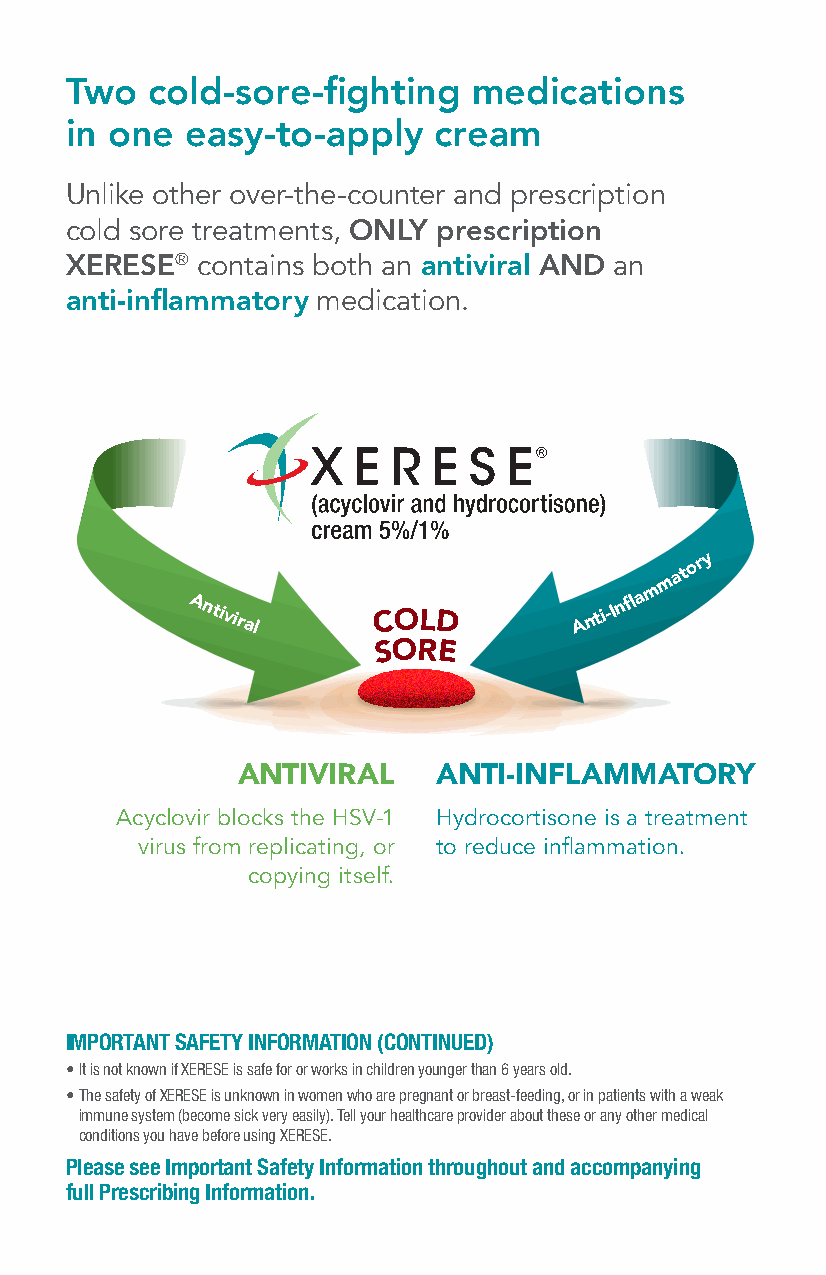
Two   cold-sore-fighting   medications
 in one  easy-to-apply    cream
 Unlike other over-the-counter and prescription
 cold sore treatments, ONLY prescription
 XERESE®  contains both an antiviral AND an
 anti-inflammatory medication.
 m
 at
 ory
 m
 Antiviral
 COLD         A n
 ti-In fl a
 SORE
 ANTIVIRAL    ANTI-INFLAMMATORY
 Acyclovir blocks the HSV-1 Hydrocortisone is a treatment
 virus from replicating, or to reduce inflammation.
 copying itself.
 IMPORTANT SAFETY INFORMATION (CONTINUED)
 • It is not known if XERESE is safe for or works in children younger than 6 years old.
 • The safety of XERESE is unknown in women who are pregnant or breast-feeding, or in patients with a weak
 immune system (become sick very easily). Tell your healthcare provider about these or any other medical
 conditions you have before using XERESE.
 Please see Important Safety Information throughout and accompanying
 full Prescribing Information.